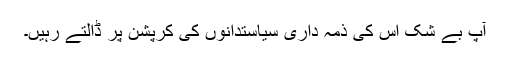
آپ بے شک اس کی ذمہ داری سیاستدانوں کی کرپشن پر ڈالتے رہیں۔